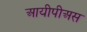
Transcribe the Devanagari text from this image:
आयीपीअस